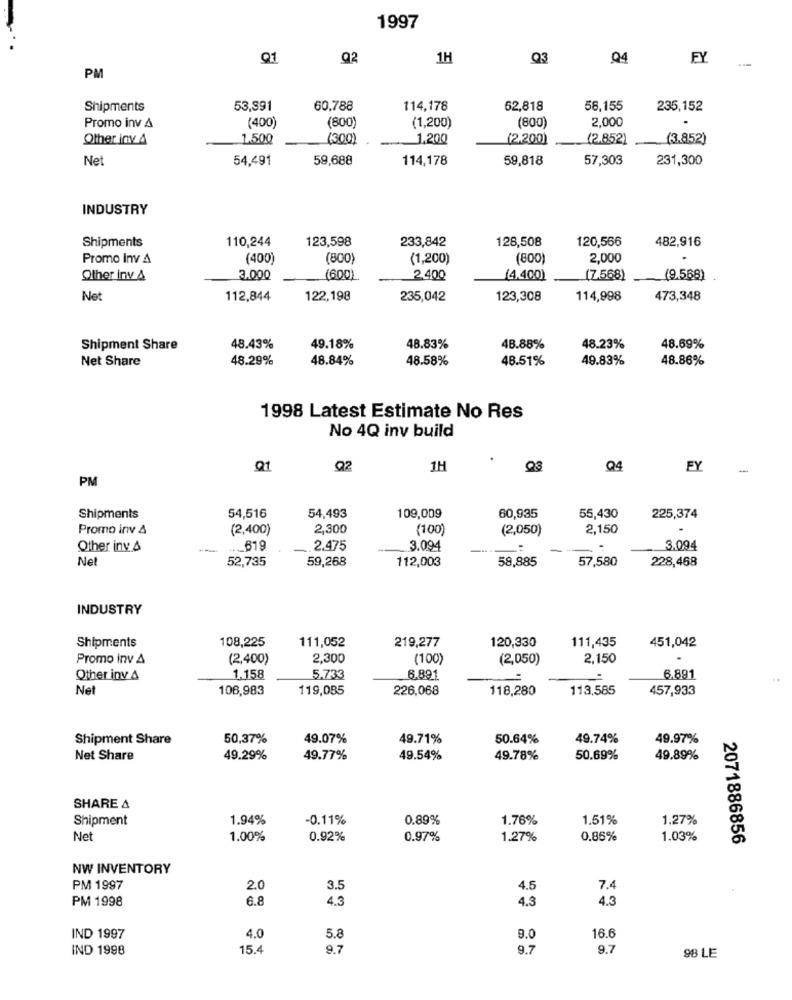
1997
Q1
Q2
1H
Q3
Q4
FY
PM
Shipments
53,391
60,788
114,178
62,818
56,155
235,152
(800)
2,000
Promo inv &
(400)
(1,200)
(800)
Other inv 4
1.500
(300)
1,200
(2.200)
(2.852)
(3.852)
Net
54,491
59,688
114,178
59,818
57,303
231,300
INDUSTRY
Shipments
110,244
123,598
233,842
128,508
120,566
482,916
Promo Inv A
(400)
(800)
(1,200)
(800)
2,000
Other inv &
3.000
(600)
2.400
(4.400)
(7.568)
(9.568)
Net
112,844
122,198
235,042
123,308
114,998
473,348
Shipment Share
48.43%
49.18%
48.83%
48.88%
48.23%
48.69%
Net Share
48.29%
48.84%
48.58%
48.51%
49.83%
48.86%
1998 Latest Estimate No Res
No 4Q inv build
Q1
Q2
1H
Q4
FY
PM
54,493
109,009
Shipments
54,516
60,935
55,430
225,374
Promo inv A
(2,400)
2,300
(100)
(2,050)
2,150
Other inv.&
--
... 619
2.475
3.094
3.094
Net
52,735
59,268
112,003
58,885
57,580
228,468
INDUSTRY
108,225
111,052
219,277
Shipments
120,330
111,435
451,042
Promo inv A
(2,400)
2,300
(100)
(2,050)
2,150
Other inv 4
1.158
5.733
6.891
6.891
Net
106,983
119,085
226,068
118,280
113,585
457,933
Shipment Share
50,37%
49.07%
49.71%
50.64%
49.74%
49.97%
Net Share
49.29%
49.77%
49.54%
49.78%
50.69%
49.89%
SHARE A
Shipment
1.94%
-0.11%
0.89%
1.76%
1.51%
1.27%
Net
1.00%
0.92%
0.97%
1.27%
0.86%
1.03%
2071886856
NW INVENTORY
PM 1997
2.0
3.5
4.5
7.4
PM 1998
6.8
4.3
4.3
4.3
5.8
16.6
IND 1997
4.0
9.0
IND 1998
15.
9.7
9.7
9.7
98 LE